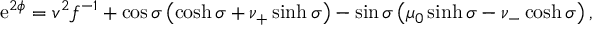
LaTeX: \mathrm { e } ^ { 2 \phi } = v ^ { 2 } f ^ { - 1 } + \cos \sigma \left( \cosh \sigma + \nu _ { + } \sinh \sigma \right) - \sin \sigma \left( \mu _ { 0 } \sinh \sigma - \nu _ { - } \cosh \sigma \right) ,